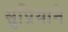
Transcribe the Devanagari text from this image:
सुप्रियाने